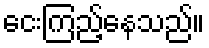
ငေးကြည့်နေသည်။